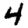
Digit: 4